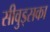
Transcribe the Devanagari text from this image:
सीवुड्सका